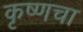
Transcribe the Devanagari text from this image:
कृष्णचा